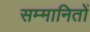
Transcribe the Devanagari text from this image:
सम्मानितों